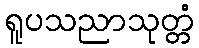
ရူပသညာသုတ္တံ